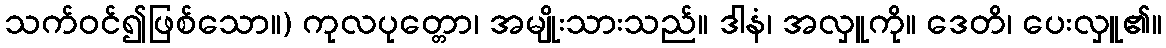
သက်ဝင်၍ဖြစ်သော။) ကုလပုတ္တော၊ အမျိုးသားသည်။ ဒါနံ၊ အလှူကို။ ဒေတိ၊ ပေးလှူ၏။